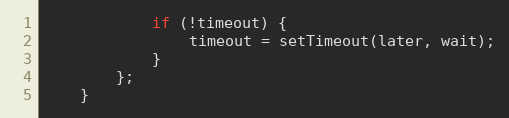
Language: JavaScript
			if (!timeout) {
				timeout = setTimeout(later, wait);
			}
		};
	}